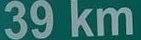
39 km